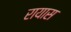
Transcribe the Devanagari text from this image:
रायास